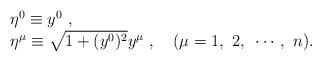
LaTeX: \begin{align*}\begin{array}{l}\eta^0\equiv y^0~,\\\eta^\mu\equiv\sqrt{1+(y^0)^2}y^\mu~,~~~(\mu=1,~2,~\cdots,~n).\end{array}\end{align*}